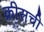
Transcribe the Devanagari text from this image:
क्रीसची